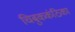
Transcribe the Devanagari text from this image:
चिबुककंठिका